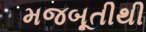
મજબૂતીથી